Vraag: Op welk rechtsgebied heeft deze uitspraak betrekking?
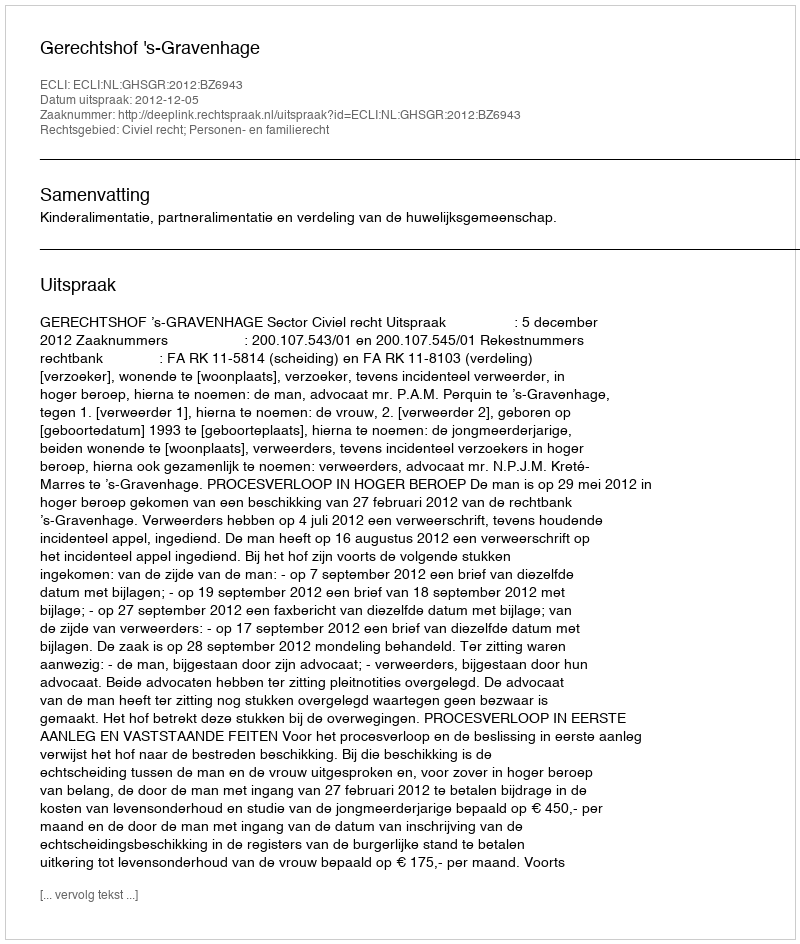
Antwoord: Civiel recht; Personen- en familierecht